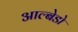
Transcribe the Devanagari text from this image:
आल्बेडो